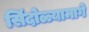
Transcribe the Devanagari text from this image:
सिंदोळ्यामागे